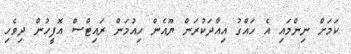
ކަމަށް ނިންމައި އެ ހައްގު އިއާދަކުރަން ޔޫއެން ހިއުމަން ރައިޓްސް އޮފީހުން ދިވެހި